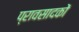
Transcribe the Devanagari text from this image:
प्रावसादकों